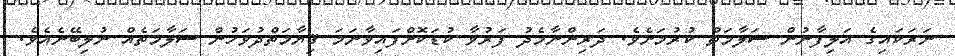
ނަރަކައިގެ އަލިފާނުން ސަލާމަތް ކުރުމަށެވެ. ދަރިންނާމެދު ފަރުވާ ކުޑަކޮށްފައިވާނަމަ ޤިޔާމަތްދުވަހުން ސަލާމަތެއް ނުލިބޭނެއެވެ.